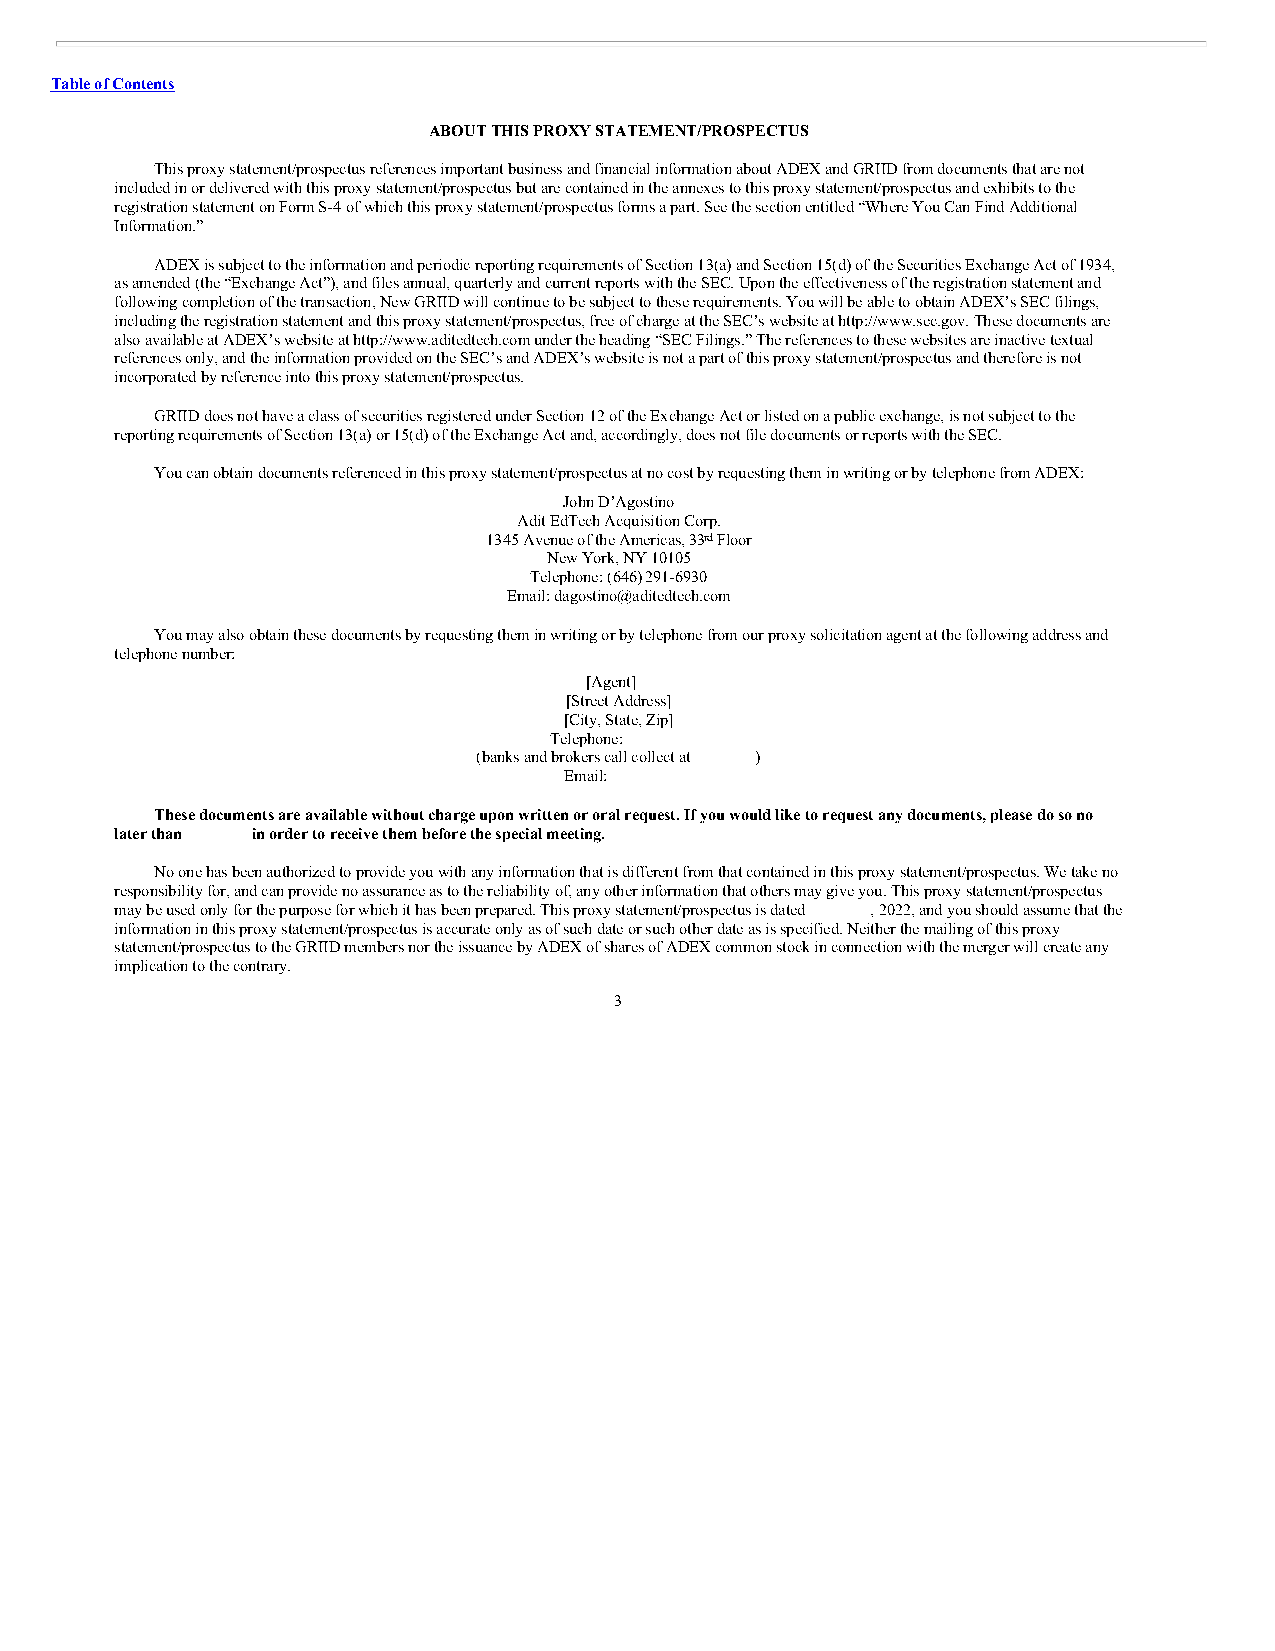
Table of Contents
 ABOUT THIS PROXY STATEMENT/PROSPECTUS
 This proxy statement/prospectus references important business and financial information about ADEX and GRIID from documents that are not
 included in or delivered with this proxy statement/prospectus but are contained in the annexes to this proxy statement/prospectus and exhibits to the
 registration statement on Form S-4 of which this proxy statement/prospectus forms a part. See the section entitled “Where You Can Find Additional
 Information.”
 ADEX is subject to the information and periodic reporting requirements of Section 13(a) and Section 15(d) of the Securities Exchange Act of 1934,
 as amended (the “Exchange Act”), and files annual, quarterly and current reports with the SEC. Upon the effectiveness of the registration statement and
 following completion of the transaction, New GRIID will continue to be subject to these requirements. You will be able to obtain ADEX’s SEC filings,
 including the registration statement and this proxy statement/prospectus, free of charge at the SEC’s website at http://www.sec.gov. These documents are
 also available at ADEX’s website at http://www.aditedtech.com under the heading “SEC Filings.” The references to these websites are inactive textual
 references only, and the information provided on the SEC’s and ADEX’s website is not a part of this proxy statement/prospectus and therefore is not
 incorporated by reference into this proxy statement/prospectus.
 GRIID does not have a class of securities registered under Section 12 of the Exchange Act or listed on a public exchange, is not subject to the
 reporting requirements of Section 13(a) or 15(d) of the Exchange Act and, accordingly, does not file documents or reports with the SEC.
 You can obtain documents referenced in this proxy statement/prospectus at no cost by requesting them in writing or by telephone from ADEX:
 John D’Agostino
 Adit EdTech Acquisition Corp.
 1345 Avenue of the Americas, 33rd Floor
 New York, NY 10105
 Telephone: (646) 291-6930
 Email: dagostino@aditedtech.com
 You may also obtain these documents by requesting them in writing or by telephone from our proxy solicitation agent at the following address and
 telephone number:
 [Agent]
 [Street Address]
 [City, State, Zip]
 Telephone:
 (banks and brokers call collect at )
 Email:
 These documents are available without charge upon written or oral request. If you would like to request any documents, please do so no
 later than in order to receive them before the special meeting.
 No one has been authorized to provide you with any information that is different from that contained in this proxy statement/prospectus. We take no
 responsibility for, and can provide no assurance as to the reliability of, any other information that others may give you. This proxy statement/prospectus
 may be used only for the purpose for which it has been prepared. This proxy statement/prospectus is dated , 2022, and you should assume that the
 information in this proxy statement/prospectus is accurate only as of such date or such other date as is specified. Neither the mailing of this proxy
 statement/prospectus to the GRIID members nor the issuance by ADEX of shares of ADEX common stock in connection with the merger will create any
 implication to the contrary.
 3